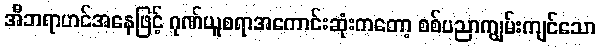
အီဘရာဟင်အနေဖြင့် ဂုဏ်ယူစရာအကောင်းဆုံးကတော့ စစ်ပညာကျွမ်းကျင်သော